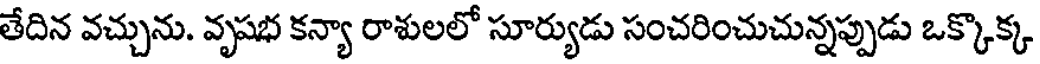
తేదిన వచ్చును. వృషభ కన్యా రాశులలో సూర్యుడు సంచరించుచున్నప్పుడు ఒక్కొక్క